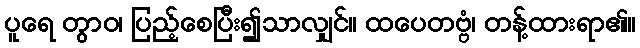
ပူရေ တွာဝ၊ ပြည့်စေပြီး၍သာလျှင်။ ထပေတဗ္ဗံ၊ တန့်ထားရာ၏။